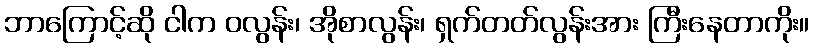
ဘာကြောင့်ဆို ငါက ဝလွန်း၊ အိုစာလွန်း၊ ရှက်တတ်လွန်းအား ကြီးနေတာကိုး။